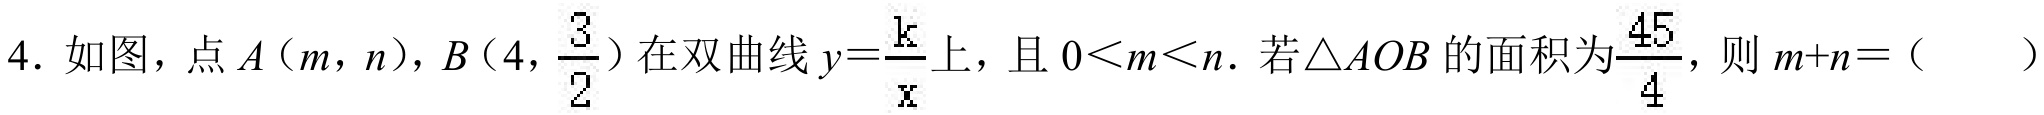
4. 如图，点\(A(m,n)\)，\(B\left(4,\dfrac{3}{2}\right)\)在双曲线\(y = \dfrac{k}{x}\)上，且\(0 < m < n\). 若\(\triangle AOB\)的面积为\(\dfrac{45}{4}\)，则\(m + n=\)（  ）